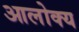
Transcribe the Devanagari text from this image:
आलोक्य